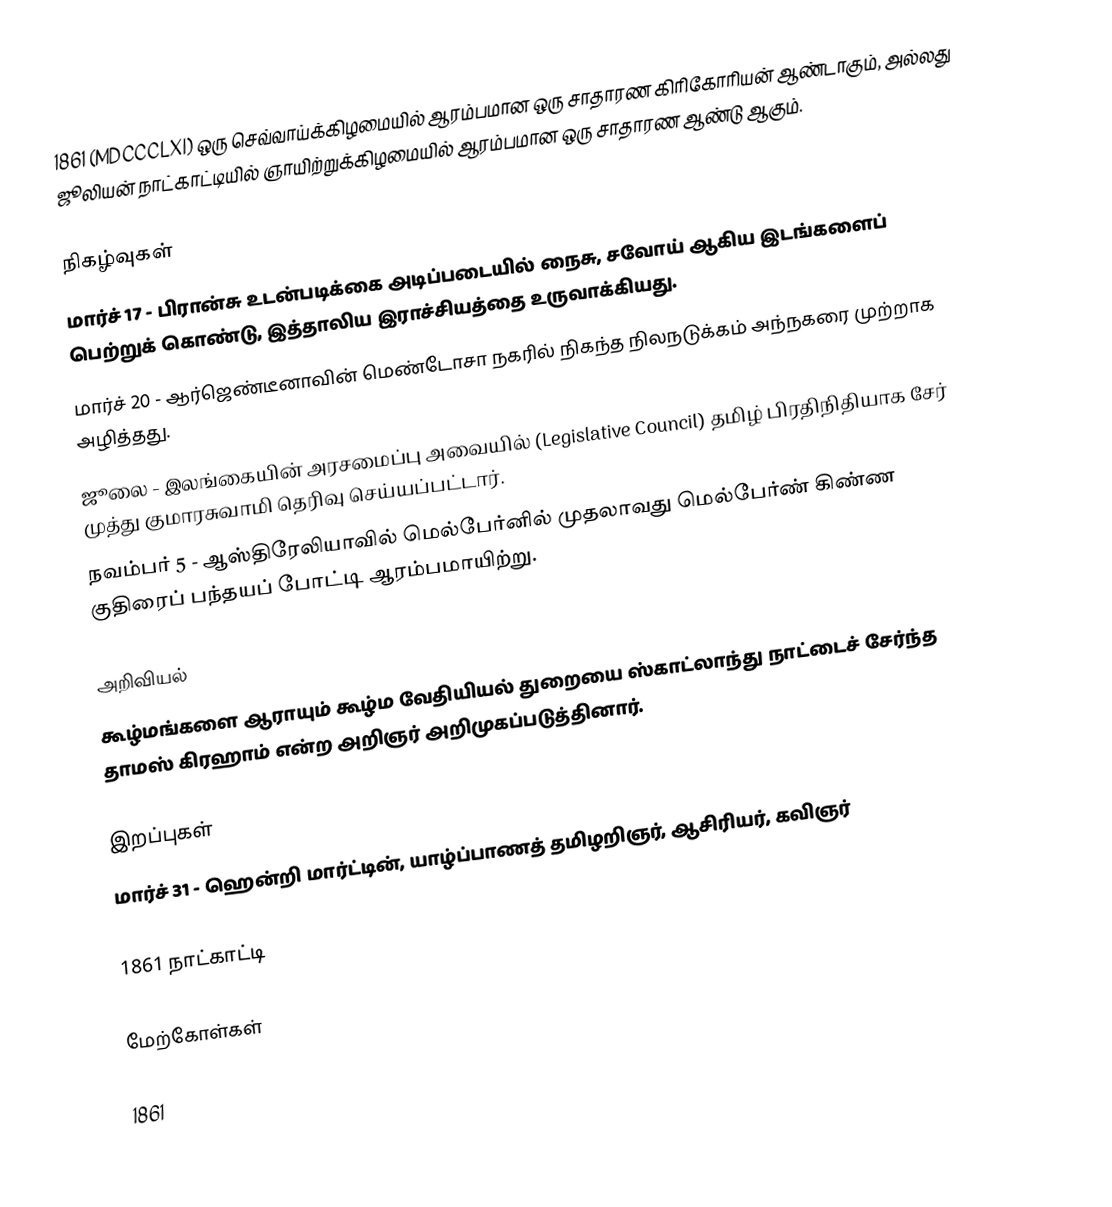
1861 (MDCCCLXI) ஒரு செவ்வாய்க்கிழமையில் ஆரம்பமான ஒரு சாதாரண கிரிகோரியன் ஆண்டாகும், அல்லது ஜூலியன் நாட்காட்டியில் ஞாயிற்றுக்கிழமையில் ஆரம்பமான ஒரு சாதாரண ஆண்டு ஆகும்.

நிகழ்வுகள்
 மார்ச் 17 - பிரான்சு உடன்படிக்கை அடிப்படையில் நைசு, சவோய் ஆகிய இடங்களைப் பெற்றுக் கொண்டு, இத்தாலிய இராச்சியத்தை உருவாக்கியது.
 மார்ச் 20 - ஆர்ஜெண்டீனாவின் மெண்டோசா நகரில் நிகந்த நிலநடுக்கம் அந்நகரை முற்றாக அழித்தது.
 ஜூலை - இலங்கையின் அரசமைப்பு அவையில் (Legislative Council) தமிழ் பிரதிநிதியாக சேர் முத்து குமாரசுவாமி தெரிவு செய்யப்பட்டார்.
 நவம்பர் 5 - ஆஸ்திரேலியாவில் மெல்பேர்னில் முதலாவது மெல்பேர்ண் கிண்ண குதிரைப் பந்தயப் போட்டி ஆரம்பமாயிற்று.

அறிவியல்
 கூழ்மங்களை ஆராயும் கூழ்ம வேதியியல் துறையை ஸ்காட்லாந்து நாட்டைச் சேர்ந்த தாமஸ் கிரஹாம் என்ற அறிஞர் அறிமுகப்படுத்தினார்.

இறப்புகள்
 மார்ச் 31 - ஹென்றி மார்ட்டின், யாழ்ப்பாணத் தமிழறிஞர், ஆசிரியர், கவிஞர்

1861 நாட்காட்டி

மேற்கோள்கள்

1861